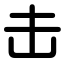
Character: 击